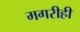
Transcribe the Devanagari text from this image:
मगरीही